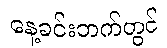
နေ့ခင်းဘက်တွင်